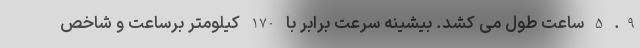
9. 5 ساعت طول می کشد. بیشینه سرعت برابر با 170 کیلومتر برساعت و شاخص